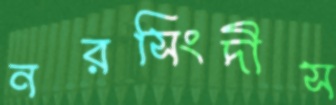
নরসিংদীস